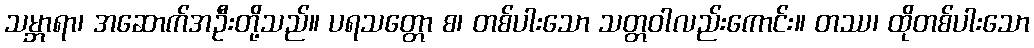
သမ္ဘာရာ၊ အဆောက်အဦးတို့သည်။ ပရသတ္တော စ၊ တစ်ပါးသော သတ္တဝါလည်းကောင်း။ တဿ၊ ထိုတစ်ပါးသော